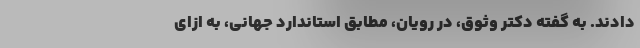
دادند. به گفته دکتر وثوق، در رویان، مطابق استاندارد جهانی، به ازای